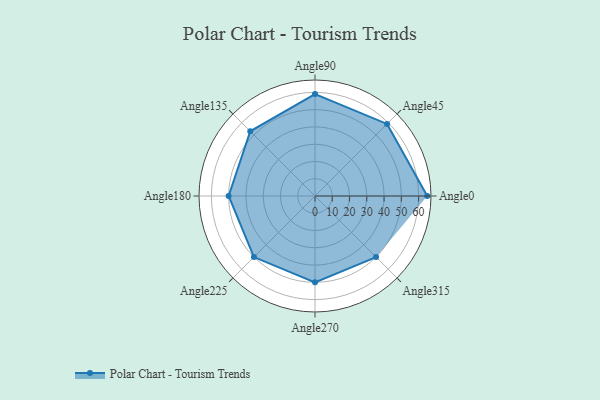
{"axis": {"x": "Angle", "y": "Radius"}, "legend": [""], "data": [{"x": "Angle0", "y": 65.0, "type": ""}, {"x": "Angle45", "y": 59.0, "type": ""}, {"x": "Angle90", "y": 59.0, "type": ""}, {"x": "Angle135", "y": 53.0, "type": ""}, {"x": "Angle180", "y": 50, "type": ""}, {"x": "Angle225", "y": 50, "type": ""}, {"x": "Angle270", "y": 50, "type": ""}, {"x": "Angle315", "y": 50, "type": ""}]}